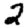
Digit: 2